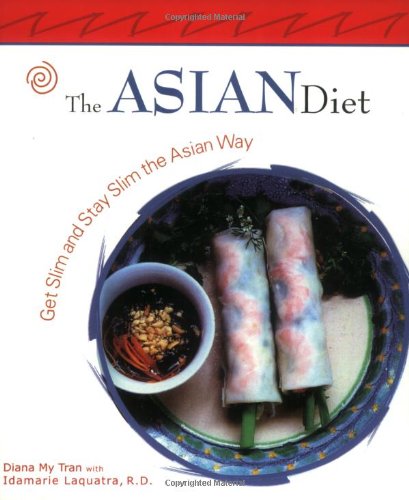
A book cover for The Asian Diet: Get Slim and Stay Slim the Asian Way (Capital Lifestyles); Diana My Tran; Cookbooks, Food & Wine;